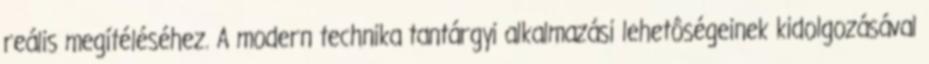
reális megítéléséhez. A modern technika tantárgyi alkalmazási lehetôségeinek kidolgozásával